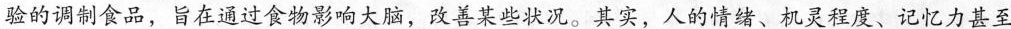
验的调制食品，旨在通过食物影响大脑，改善某些状况。其实，人的情绪、机灵程度、记忆力甚至